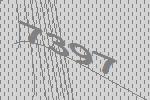
7397